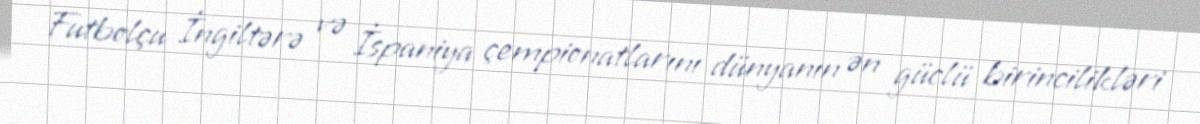
Futbolçu İngiltərə və İspaniya çempionatlarını dünyanın ən güclü birincilikləri